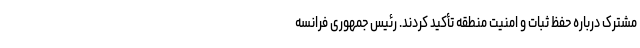
مشترک درباره حفظ ثبات و امنیت منطقه تأکید کردند. رئیس جمهوری فرانسه